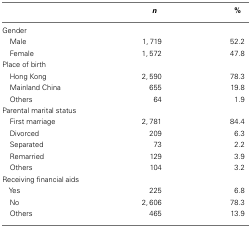
|  | n | % |
 | --- | --- | --- |
 | Gender |
 | Male | 1,719 | 52.2 |
 | Female | 1,572 | 47.8 |
 | Place of birth |
 | Hong Kong | 2,590 | 78.3 |
 | Mainland China | 655 | 19.8 |
 | Others | 64 | 1.9 |
 | Parental marital status |
 | First marriage | 2,781 | 84.4 |
 | Divorced | 209 | 6.3 |
 | Separated | 73 | 2.2 |
 | Remarried | 129 | 3.9 |
 | Others | 104 | 3.2 |
 | Receiving financial aids |
 | Yes | 225 | 6.8 |
 | No | 2,606 | 78.3 |
 | Others | 465 | 13.9 |